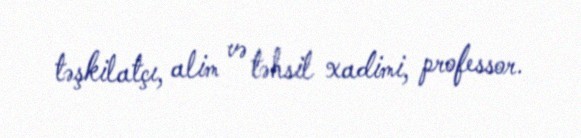
təşkilatçı, alim və təhsil xadimi, professor.